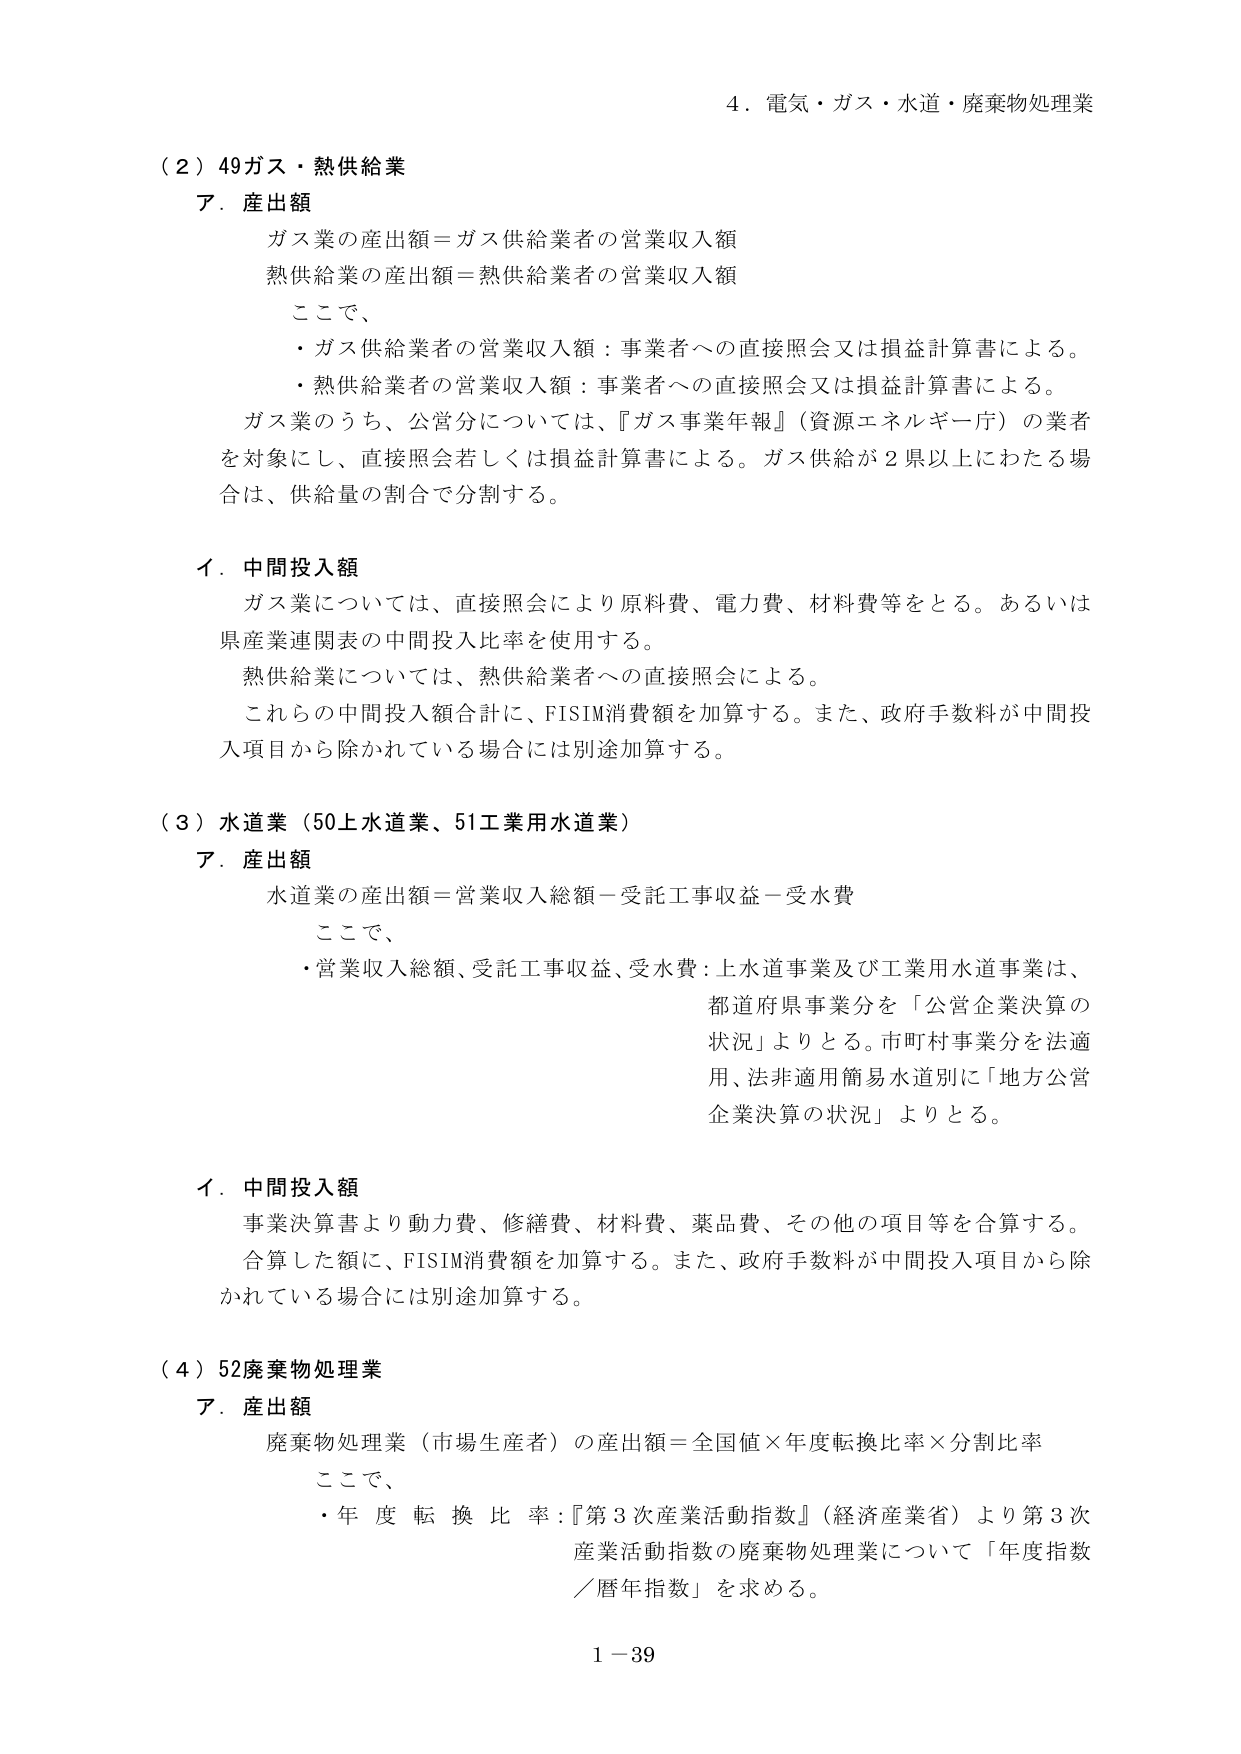
4．電気・ガス・水道・廃棄物処理業

（2）49ガス・熱供給業
ア．産出額
　ガス業の産出額＝ガス供給業者の営業収入額
　熱供給業の産出額＝熱供給業者の営業収入額
　ここで、
　・ガス供給業者の営業収入額：事業者への直接照会又は損益計算書による。
　・熱供給業者の営業収入額：事業者への直接照会又は損益計算書による。
　ガス業のうち、公営分については、『ガス事業年報』（資源エネルギー庁）の業者
　を対象にし、直接照会若しくは損益計算書による。ガス供給が2県以上にわたる場
　合は、供給量の割合で分割する。

イ．中間投入額
　ガス業については、直接照会により原料費、電力費、材料費等をとる。あるいは
　県産業連関表の中間投入比率を使用する。
　熱供給業については、熱供給業者への直接照会による。
　これらの中間投入額合計に、FISIM消費額を加算する。また、政府手数料が中間投
　入項目から除かれている場合には別途加算する。

（3）水道業（50上水道業、51工業用水道業）
ア．産出額
　水道業の産出額＝営業収入総額－受託工事収益－受水費
　ここで、
　・営業収入総額、受託工事収益、受水費：上水道事業及び工業用水道事業は、
　　　都道府県事業分を「公営企業決算の
　　　状況」よりとる。市町村事業分を法適
　　　用、法非適用簡易水道別に「地方公営
　　　企業決算の状況」よりとる。

イ．中間投入額
　事業決算書より動力費、修繕費、材料費、薬品費、その他の項目等を合算する。
　合算した額に、FISIM消費額を加算する。また、政府手数料が中間投入項目から除
　かれている場合には別途加算する。

（4）52廃棄物処理業
ア．産出額
　廃棄物処理業（市場生産者）の産出額＝全国値×年度転換比率×分割比率
　ここで、
　・年度転換比率：『第3次産業活動指数』（経済産業省）より第3次
　　　産業活動指数の廃棄物処理業について「年度指数
　　　／暦年指数」を求める。

1－39